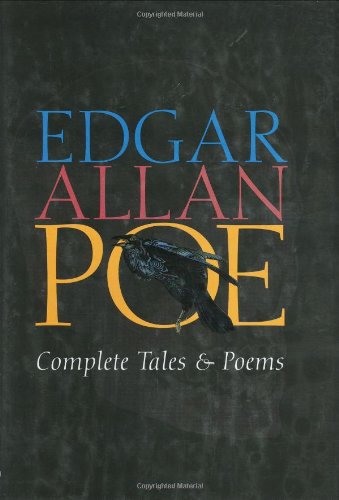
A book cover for Edgar Allan Poe: Complete Tales and Poems; Edgar Allan Poe; Literature & Fiction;